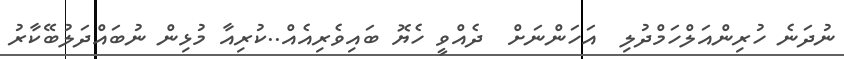
ނުދަނެ ހުރިންއަލްހަމްދުލި  އަހަންނަށް  ދެއްވީ ހެޔޮ ބައިވެރިއެއް..ކުރިއާ މުޅިން ނުބައްދަލުބޭކާރު